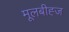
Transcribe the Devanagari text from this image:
मूलबीह्ज